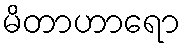
မိတာဟာရော